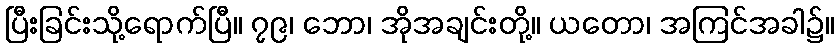
ပြီးခြင်းသို့ရောက်ပြီ။ ၇၉၊ ဘော၊ အိုအချင်းတို့။ ယတော၊ အကြင်အခါ၌။